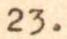
23.